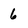
Character: 6